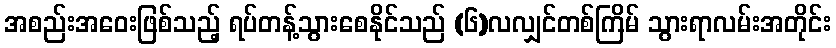
အစည်းအဝေးဖြစ်သည့် ရပ်တန့်သွားစေနိုင်သည် (၆)လလျှင်တစ်ကြိမ် သွားရာလမ်းအတိုင်း